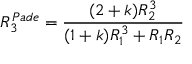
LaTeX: R _ { 3 } ^ { P a d e } = \frac { ( 2 + k ) R _ { 2 } ^ { 3 } } { ( 1 + k ) R _ { 1 } ^ { 3 } + R _ { 1 } R _ { 2 } }